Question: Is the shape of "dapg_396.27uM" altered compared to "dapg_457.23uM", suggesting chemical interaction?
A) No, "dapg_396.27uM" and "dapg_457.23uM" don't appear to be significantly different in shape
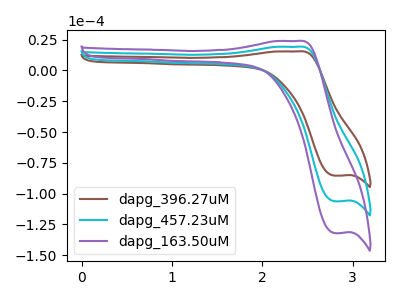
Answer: <think>The brown curve "dapg_396.27uM" has an anodic peak at (2.40V, 15.45uA) and a cathodic peak at (2.80V, -85.45uA). The cyan curve "dapg_457.23uM" has an anodic peak at (2.40V, 19.20uA) and a cathodic peak at (2.80V, -106.25uA). The purple curve "dapg_163.50uM" has an anodic peak at (2.40V, 38.45uA) and a cathodic peak at (2.80V, -212.50uA).
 All the peaks in "dapg_396.27uM" have a peak in "dapg_457.23uM" at the same potential. Every peak in "dapg_396.27uM" is lower than every peak in "dapg_457.23uM".</think>
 <answer>A) No, "dapg_396.27uM" and "dapg_457.23uM" don't appear to be significantly different in shape</answer>
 <eval>A</eval>